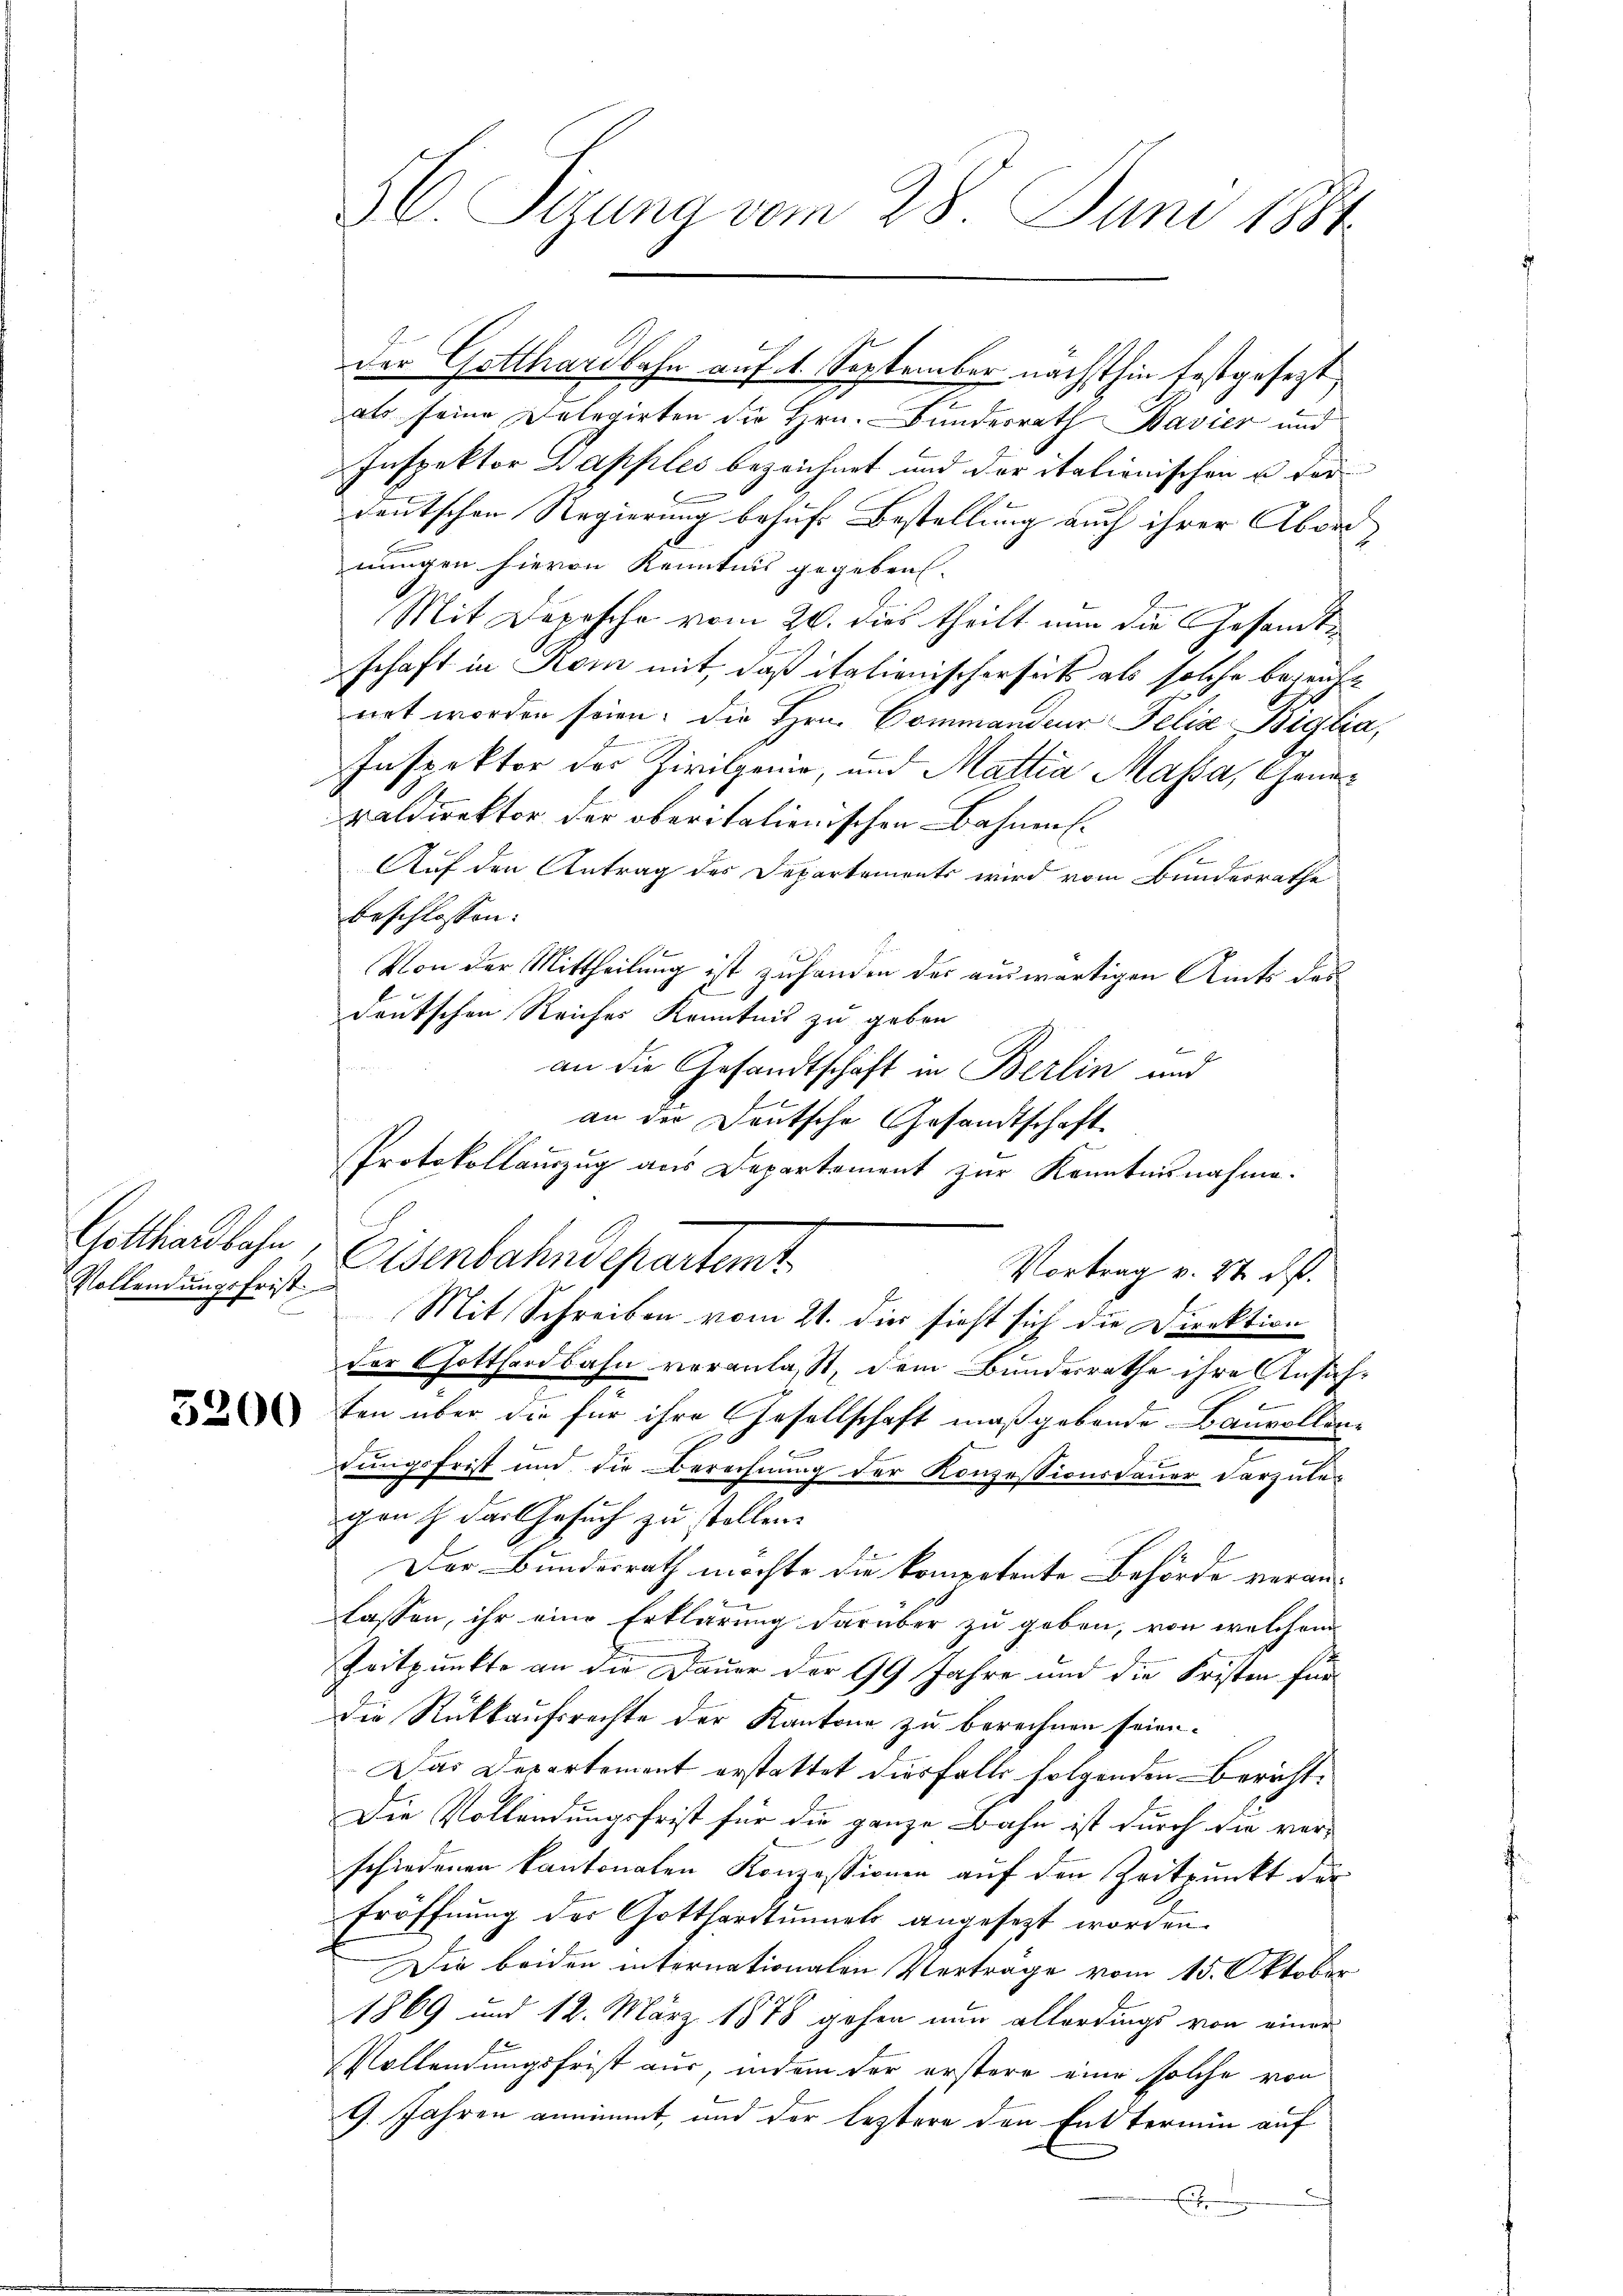
Vollendungsfrist

als seine Delegirten die Hrn. Bundesrath Bavier und
Inspektor Dapples bezeichnet und der italionischen u. vordeutschen Regierung behufs Bestellung auch ihrer Abor
nungen hievon Kenntnis gegeben.
Mit Depesche vom 20. dies theilt nun die Gesandtschaft in Rom mit, daß italienischerseits als solche bezeite
net worden seien. Die Hrn. Commandeur Felix Biglia,
Inspektor des Zivilperio, und Mattia Massa, Grünvaldirektor der oberitalienischen Bahnen.
Auf den Antrag des Departements wird vom Bunderrathe
beschlossen:
e
Von der Mittheilung ist zu handen der auswärtigen Amts des
deutschen Reiches Kenntnis zu geben
an die Gesandtschaft in Berlin und
f
an der Deutsche Gesandtschaft
Protokollauszug aus Departament zur Kenntnisnahme.
Gotthardbahn, Eisenbahndepartemt
Vortrag v. 27. d.
Mit Schreiben vom 21. die sieht sich die Direktion
der Gotthardbahn veranlasst, dem Bundesrathe ihre Ansich¬
¬
ten über die für ihre Gesellschaft maßgebende Bauvollene
f.
tungsfrist und die Berechnung der Konzessionsdauer darzulegen & das Gesuch zu stollen.
Der Bundesrath möchte die kompotente Behörde veranlassen, ihr eine Erklärung darüber zu geben, von welchem
Zeitpunkte an die Dauer der 99 Jahre und die Fristen für
Die Rückkaufsrechte der Kantone zu berechnen seien.
Das Departement erstattet diesfalls folgenden Bericht¬
Die Vollendungsfrist für die ganze Bahn ist durch die ver-
schiedenen kantonalen Konzessionen auf den Zeitpunkt der
Eröffnung der Gotthardtunnels angesezt worden.
Die beiden internationalen Vertrage vom 15. Oktober
1869 und 12. März 1878 gehen nun allerdings von einer
Vollendungsfrist aus, indem der erstere eine solche von
9. Jahren annimmt, und der leztere den Enttermin auf

56. Sizung vom 28. Juni 1884.

der Gotthardbahn auf 1. September nächsthin festgesezt